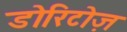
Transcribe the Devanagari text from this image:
डोरिटोज़